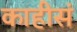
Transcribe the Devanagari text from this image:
काहीसं